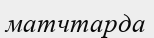
матчтарда